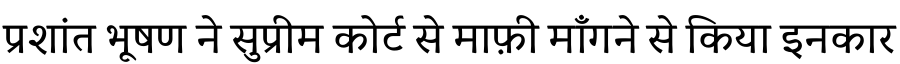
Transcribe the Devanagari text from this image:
प्रशांत भूषण ने सुप्रीम कोर्ट से माफ़ी माँगने से किया इनकार